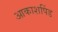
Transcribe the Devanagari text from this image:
आकाशपिंड